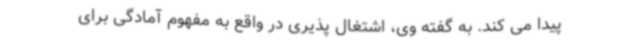
پیدا می کند. به گفته وی، اشتغال پذیری در واقع به مفهوم آمادگی برای